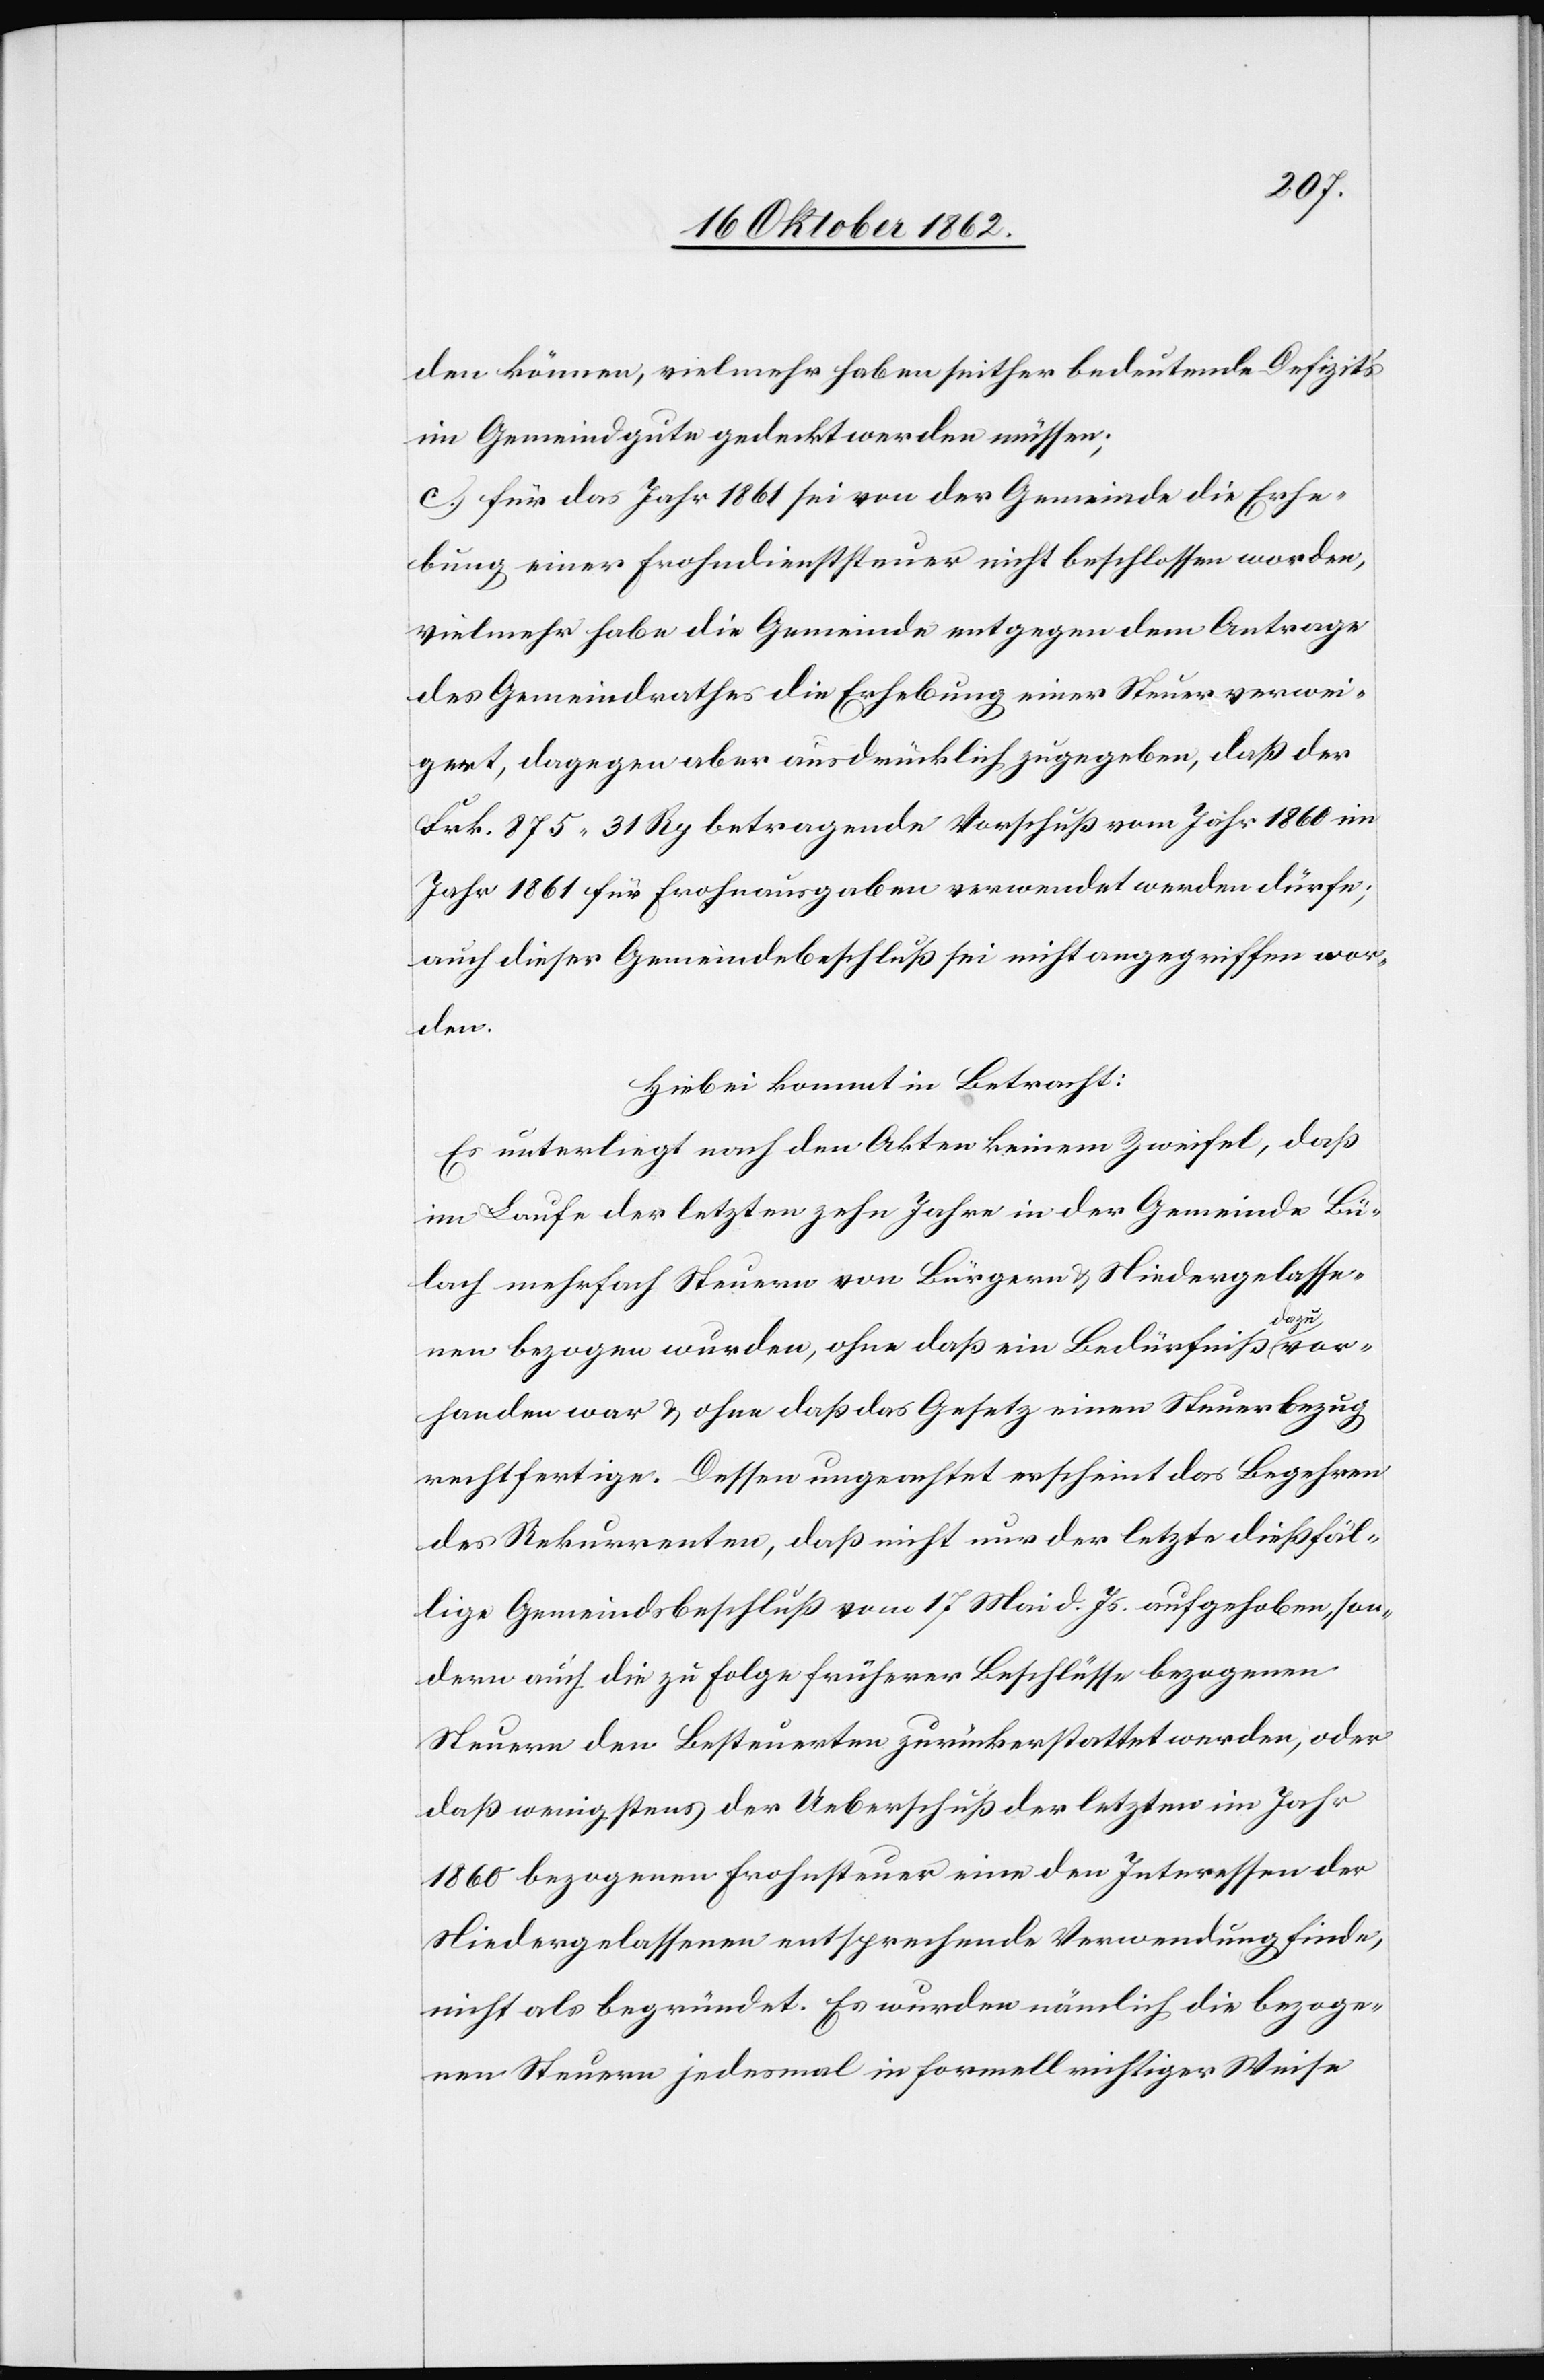
den können, vielmehr haben seither bedeutende Defizits
im Gemeindgute gedeckt werden müssen;
c. für das Jahr 1861 sei von der Gemeinde die Erhe¬
bung einer Frohndienststeuer nicht beschlossen worden,
vielmehr habe die Gemeinde entgegen dem Antrage
des Gemeindrathes die Erhebung einer Steuer verwei¬
gert, dagegen aber ausdrücklich zugegeben, daß der
Frk. 875 31 Rp. betragende Vorschuß vom Jahr 1860 im
Jahr 1861 für Frohnausgaben verwendet werden dürfe;
auch dieser Gemeindebeschluß sei nicht angegriffen wor¬
den.
Hiebei kommt in Betracht:
Es unterliegt nach den Akten keinem Zweifel, daß
im Laufe der letzten zehn Jahre in der Gemeinde Bü¬
lach mehrfach Steuern von Bürgern u. Niedergelasse¬
nen bezogen wurden, ohne daß ein Bedürfniß dazu vor¬
handen war u. ohne daß das Gesetz einen Steuerbezug
rechtfertige. Dessen ungeachtet erscheint das Begehren
des Rekurrenten, daß nicht nur der letzte dießfäl¬
lige Gemeindsbeschluß vom 17. Mai d. Js. aufgehoben, son¬
dern auch die zu Folge früherer Beschlüsse bezogenen
Steuern den Besteuerten zurückerstattet werden, oder
daß wenigstens der Ueberschuß der letzten im Jahr
1860 bezogenen Frohnsteuer eine den Interessen der
Niedergelassenen entsprechende Verwendung finde,
nicht als begründet. Es wurden nämlich die bezoge¬
nen Steuern jedesmal in formell richtiger Weise